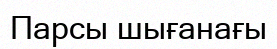
Парсы шығанағы